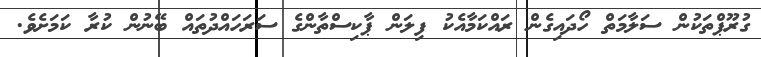
ގުރޫޕްތަކުން ސަލާމަތް ހޯދައިގެން ރައްކަމާއެކު ފިލަން ޕާކިސްތާންގެ ސަރަހައްދުތައް ބޭނުން ކުރާ ކަމަށެވެ.